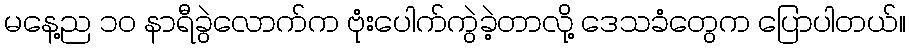
မနေ့ည ၁၀ နာရီခွဲလောက်က ဗုံးပေါက်ကွဲခဲ့တာလို့ ဒေသခံတွေက ပြောပါတယ်။